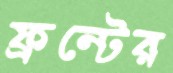
ফ্রন্টের